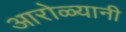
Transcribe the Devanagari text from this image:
आरोळ्यानी